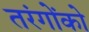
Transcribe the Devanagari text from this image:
तरंगोंको